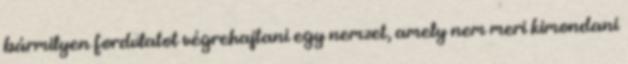
bármilyen fordulatot végrehajtani egy nemzet, amely nem meri kimondani